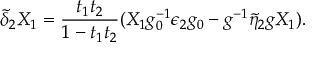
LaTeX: \tilde { \delta } _ { 2 } X _ { 1 } = { \frac { t _ { 1 } t _ { 2 } } { 1 - t _ { 1 } t _ { 2 } } } ( X _ { 1 } g _ { 0 } ^ { - 1 } \epsilon _ { 2 } g _ { 0 } - g ^ { - 1 } \tilde { \eta } _ { 2 } g X _ { 1 } ) .